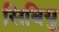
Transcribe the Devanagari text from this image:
सिबियु